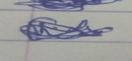
Signature authenticity: genuine